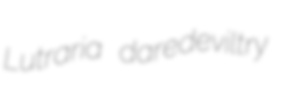
Lutraria daredeviltry